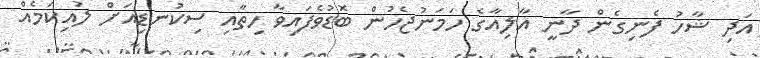
އަދި ޝާހު ފެނިގެން ދާނީ އާލިއާގެ ހަމަނުޖެހުން ބޮޑުވެފައިވާ ހިތާއި ސިކުނޑިއަށް ލުއިކަމެއް